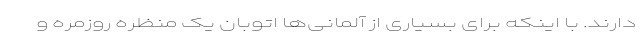
دارند. با اینکه برای بسیاری از آلمانی‌ها اتوبان یک منظره روزمره و